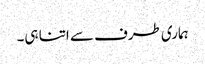
ہماری طرف سے اتنا ہی۔